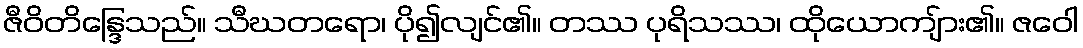
ဇီဝိတိန္ဒြေသည်။ သီဃတရော၊ ပို၍လျင်၏။ တဿ ပုရိသဿ၊ ထိုယောကျ်ား၏။ ဇဝေါ